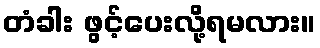
တံခါး ဖွင့်ပေးလို့ရမလား။